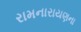
રામનારાયણના